Lunatic asylums Madras 1877-1891 - 1877-1891
Year: 1877
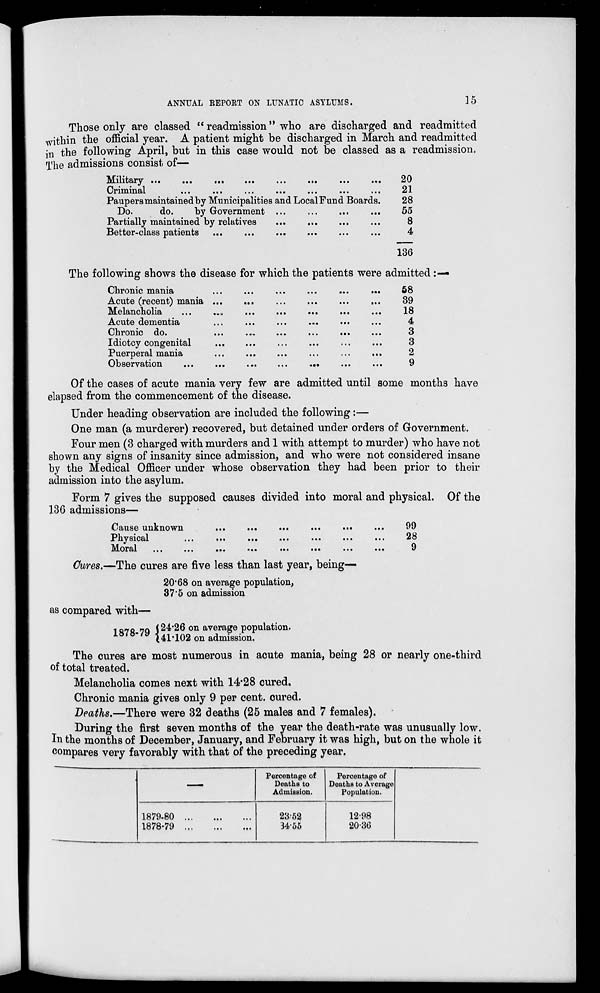
ANNUAL REPORT ON LUNATIC ASYLUMS.
15
Those only are classed "readmission" who are discharged and readmitted
within the official year. A patient might be discharged in March and readmitted
in the following April, but in this case would not be classed as a readmission.
The admissions consist of—
Military ... ... ... ... ... ... ... ...
Criminal ... ... ... ... ... ... ... ...
Paupers maintained by Municipalities and Local Fund Boards.
Do.
do.
by Government ... ... ... ...
Partially maintained by relatives ... ... ... ...
Better-class patients ... ... ... ... ... ...
20
21
28
55
3
4
186
The following shows the disease for which the patients were admitted:—
Chronic mania ... ... ... ... ... ...
Acute (recent) mania ... ... ... ... ... ...
Melancholia ... ... ... ... ... ... ...
Acute dementia ... ... ... ... ... ...
Chronic do. ... ... ... ... ... ...
Idiotcy congenital ... ... ... ... ... ...
Puerperal mania ... ... ... ... ... ...
Observation ... ... ... ... ... ... ...
58
89
18
4
3
3
2
9
Of the cases of acute mania very few are admitted until some months have
elapsed from the commencement of the disease.
Under heading observation are included the following :—
One man (a murderer) recovered, but detained under orders of Government.
Four men (3 charged with murders and 1 with attempt to murder) who have not
shown any signs of insanity since admission, and who were not considered insane
by the Medical Officer under whose observation they had been prior to their
admission into the asylum.
Form 7 gives the supposed causes divided into moral and physical. Of the
136 admissions—
Cause unknown ... ... ... ... ... ...
Physical ... ... ... ... ... ... ...
Moral ... ... ... ... ... ... ... ...
99
28
9
Cures.—The cures are five less than last year, being—
20.68 on average population.
37.5 on admission
as compared with —
1878-79 24.26 on average population.
41.102 on admission.
The cures are most numerous in acute mania, being 28 or nearly one-third
of total treated.
Melancholia comes next with 14.28 cured.
Chronic mania gives only 9 per cent, cured.
Deaths.—There were 32 deaths (25 males and 7 females).
During the first seven months of the year the death-rate was unusually low.
In the months of December, January, and February it was high, but on the whole it
compares very favorably with that of the preceding year,
—
1879-80 ... ... ...
1878-79 ... ... ...
Percentage of
Deaths to
Admission.
23.52
84.55
Percentage of
Deaths to Average
Population.
12.98
20.36